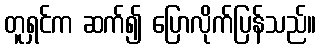
တူရှင်က ဆက်၍ ပြောလိုက်ပြန်သည်။